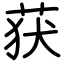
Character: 获